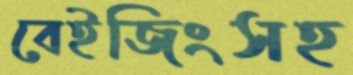
বেইজিংসহ